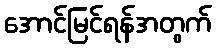
အောင်မြင်ရန်အတွက်